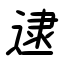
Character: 逮